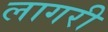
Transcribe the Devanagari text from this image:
लागरी